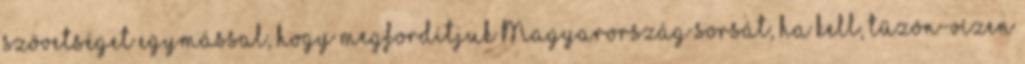
szövetséget egymással, hogy megfordítjuk Magyarország sorsát, ha kell, tűzön-vízen